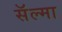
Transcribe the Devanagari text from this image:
सॅल्मा